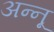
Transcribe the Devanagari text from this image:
अन्‍नू